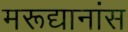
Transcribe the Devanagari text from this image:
मरूद्यानांस